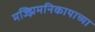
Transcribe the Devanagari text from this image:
मज्झिमनिकायाच्या